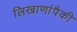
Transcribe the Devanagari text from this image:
लिखाणांपैकी